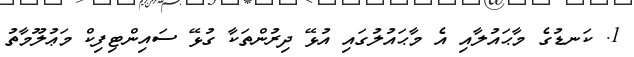
1. ކަނޑުގެ މާޙައުލާއި އެ މާޙައުލުގައި އުޅޭ ދިރުންތަކާ ގުޅޭ ސައިންޓިފިކް މަޢުލޫމާތު